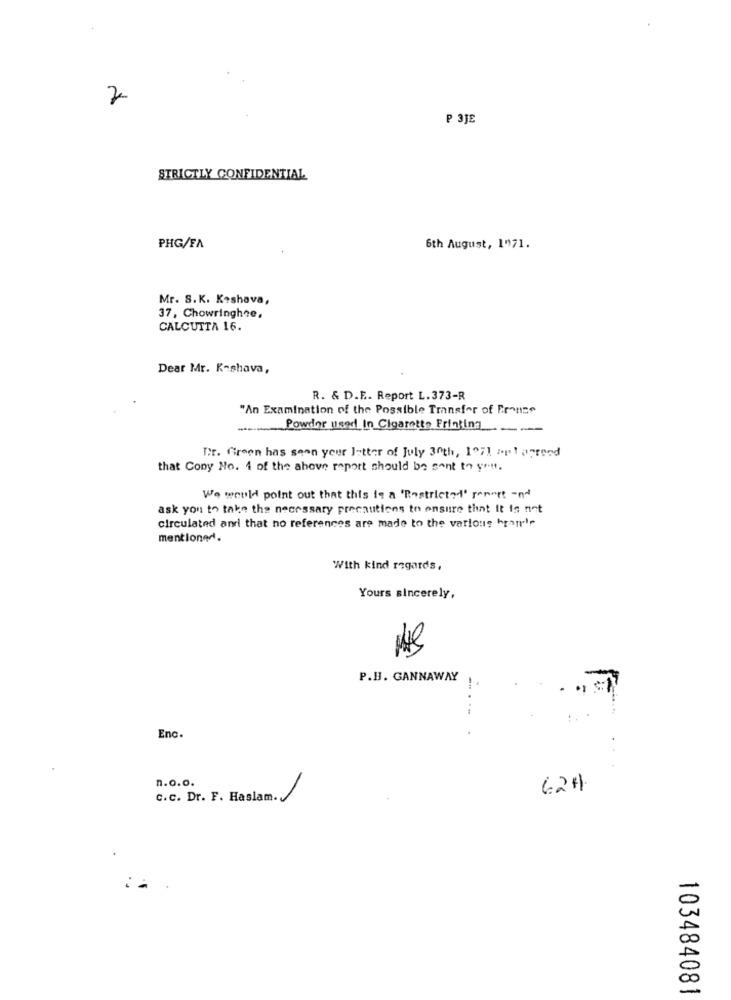
2
P 3JE
STRICTLY CONFIDENTIAL
PHG/FA
6th August, 1971.
Mr. S.K. Keshava,
37, Chowringhoe,
CALCUTTA 16.
Dear Mr. Kashava,
R. & D.F .. Report L. 373-R
"An Examination of the Possible Transfer of Fronse
Powder used In Cigarette Printing
The. Green has seen your letter of July 30th, 1071 apt agreed
that Cony No. 4 of the above report should be sent to you.
We would point out that this is a 'Restricted' report -nd
ask you to take the necessary precautions to ensure that it is not
circulated anri that no references are made to the various hranrir
mentioned.
With kind regards,
Yours sincerely,
P.H. GANNAWAY
Enc.
n.o.o.
62+
c.c. Dr. F. Haslam.
103484081